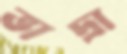
ভাদ্রা